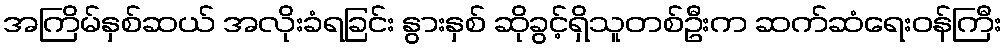
အကြိမ်နှစ်ဆယ် အလိုးခံရခြင်း နွားနှစ် ဆိုခွင့်ရှိသူတစ်ဦးက ဆက်ဆံရေးဝန်ကြီး